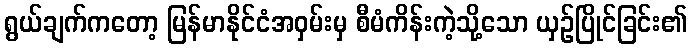
ရွယ်ချက်ကတော့ မြန်မာနိုင်ငံအဝှမ်းမှ စီမံကိန်းကဲ့သို့သော ယှဉ်ပြိုင်ခြင်း၏